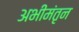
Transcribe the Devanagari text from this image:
अभीमंतृन